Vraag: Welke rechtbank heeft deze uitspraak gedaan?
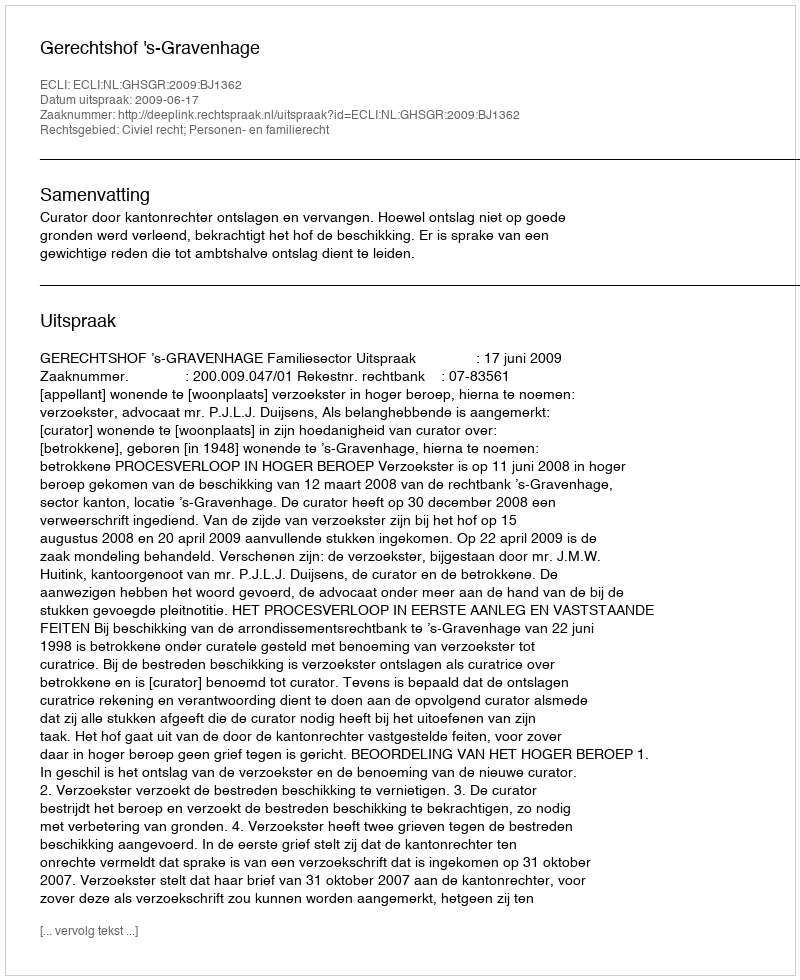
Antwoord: Gerechtshof 's-Gravenhage